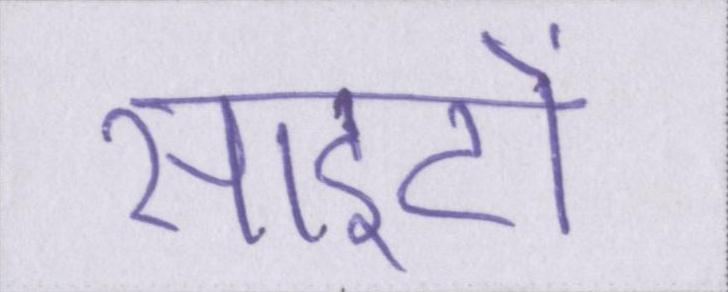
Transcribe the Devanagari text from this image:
साइटों